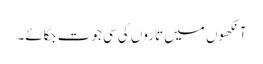
آنکھوں میں تاروں کی سی جوت جگائے۔